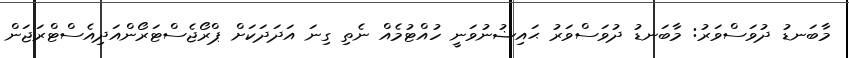
މާބަނޑު ދުވަސްވަރު: މާބަނޑު ދުވަސްވަރު ޙައިޟުނުވަނީ ހުއްޓުމެއް ނެތި ގިނަ އަދަދަކަށް ޕްރޯޖެސްޓަރޯންއަދިއެސްޓްރަޖަން